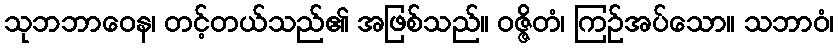
သုဘဘာဝေန၊ တင့်တယ်သည်၏ အဖြစ်သည်။ ဝဇ္ဇိတံ၊ ကြဉ်အပ်သော။ သဘာဝံ၊